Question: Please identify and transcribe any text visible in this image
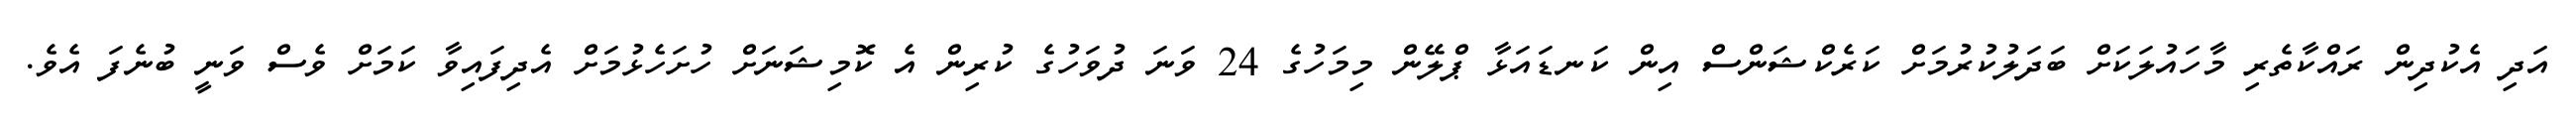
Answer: އަދި އެކުދިން ރައްކާތެރި މާހައުލަކަށް ބަދަލުކުރުމަށް ކަރެކްޝަންސް އިން ކަނޑައަޅާ ޕްލޭން މިމަހުގެ 24 ވަނަ ދުވަހުގެ ކުރިން އެ ކޮމިޝަނަށް ހުށަހެޅުމަށް އެދިފައިވާ ކަމަށް ވެސް ވަނީ ބުނެފަ އެވެ.